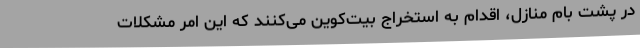
در پشت بام منازل، اقدام به استخراج بیت‌کوین می‌کنند که این امر مشکلات